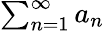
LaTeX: \textstyle\sum_{n=1}^{\infty}a_{n}